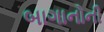
બાગાનોની